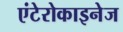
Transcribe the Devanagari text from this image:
एंटेरोकाइनेज